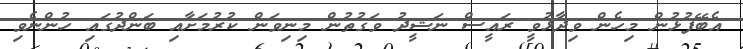
އެބޭފުޅުން މިހެން ވިދާޅުވީ ރައީސް ނަޝީދު ވަގުތުން މިނިވަން ކުރުމަށާއި ބަންދުގައި ހުންނެވި